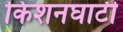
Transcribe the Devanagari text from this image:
किशनघाटी